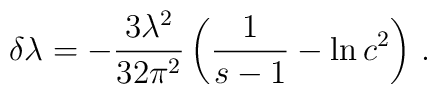
\delta \lambda =  -\frac{3\lambda^2}{32\pi^2}\left( {1 \over {s-1}} - \ln c^2  \right) \,.